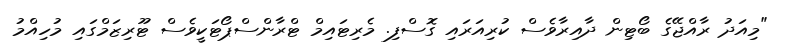
"މިއަދު ރާއްޖޭގެ ބޯޓިން ދާއިރާވެސް ކުރިއަރައި ގޮސްފި. މެރިޓައިމް ޓްރާންސްޕޯޓަކީވެސް ޓޫރިޒަމްގައި މުހިއްމު